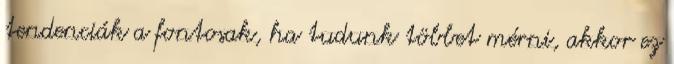
tendenciák a fontosak, ha tudunk többet mérni, akkor ez